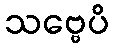
သဗ္ဗေပိ